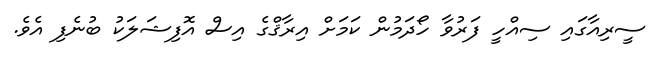
ސީރިއާގައި ސިއްހީ ފަރުވާ ހޯދަމުން ކަމަށް އިރާޤްގެ އިސް އޮފިޝަލަކު ބުނެފި އެވެ.